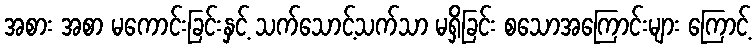
အစား အစာ မကောင်းခြင်းနှင့် သက်သောင့်သက်သာ မရှိခြင်း စသောအကြောင်းများ ကြောင့်